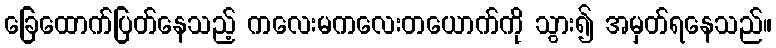
ခြေထောက်ပြတ်နေသည့် ကလေးမကလေးတယောက်ကို သွား၍ အမှတ်ရနေသည်။